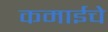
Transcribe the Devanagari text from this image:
कमाईचे